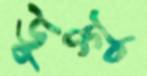
ডুগ্গু